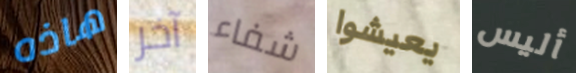
هاذه آخر شفاء يعيشوا أليس